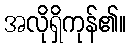
အလိုရှိကုန်၏။